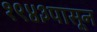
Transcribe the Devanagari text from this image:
१९४३पासून